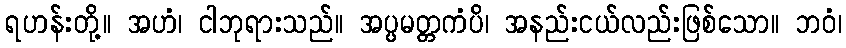
ရဟန်းတို့။ အဟံ၊ ငါဘုရားသည်။ အပ္ပမတ္တကံပိ၊ အနည်းငယ်လည်းဖြစ်သော။ ဘဝံ၊